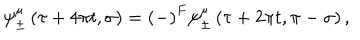
LaTeX: \psi _ { \pm } ^ { \mu } \left( \tau + 4 \pi t , \sigma \right) = \left( - \right) ^ { F } \psi _ { \pm } ^ { \mu } \left( \tau + 2 \pi t , \pi - \sigma \right) ,